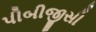
પીબીજીસી